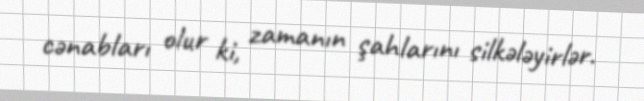
cənabları olur ki, zamanın şahlarını silkələyirlər.